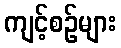
ကျင့်စဉ်များ